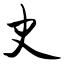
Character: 史